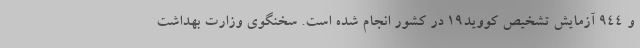
و ۹۴۴ آزمایش تشخیص کووید۱۹ در کشور انجام شده است. سخنگوی وزارت بهداشت